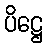
ပိဋ္ဌေ